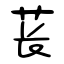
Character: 苌